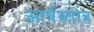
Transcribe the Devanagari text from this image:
आर्षस्तोत्र